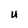
Character: U